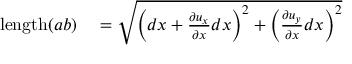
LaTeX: { \begin{array} { r l } { \mathrm { l e n g t h } ( a b ) } & { { } = { \sqrt { \left( d x + { \frac { \partial u _ { x } } { \partial x } } d x \right) ^ { 2 } + \left( { \frac { \partial u _ { y } } { \partial x } } d x \right) ^ { 2 } } } } \end{array} } \,